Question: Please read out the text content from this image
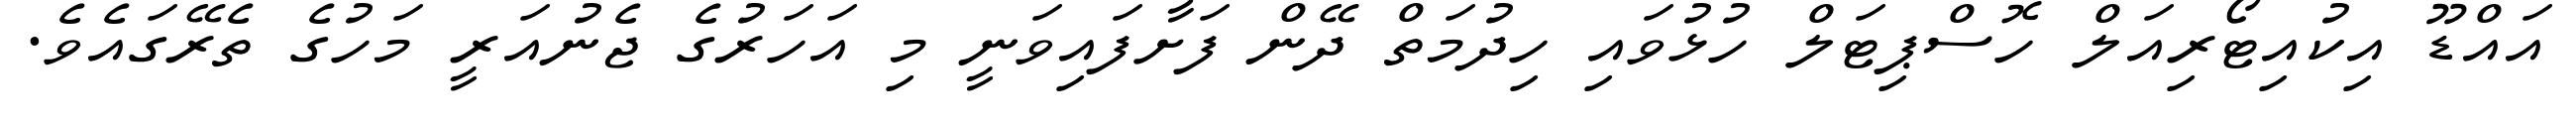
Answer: އައްޑޫ އިކުއިޓޯރިއަލް ހޮސްޕިޓަލް ހުޅުވައި ހިދުމަތް ދޭން ފަށާފައިވަނީ މި އަހަރުގެ ޖެނުއަރީ މަހުގެ ތެރޭގައެވެ.